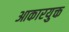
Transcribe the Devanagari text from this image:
आकारयुक्त